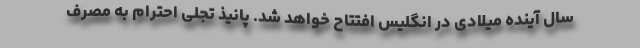
سال آینده میلادی در انگلیس افتتاح خواهد شد. پانیذ تجلی احترام به مصرف